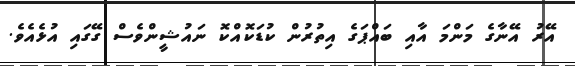
އޭރު އޭނާގެ މަންމަ އާއި ބައްޕަގެ އިތުރުން ކުޑަކޮއްކޮ ނައުޝީންވެސް ގޭގައި އުޅެއެވެ.